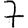
Digit: 7